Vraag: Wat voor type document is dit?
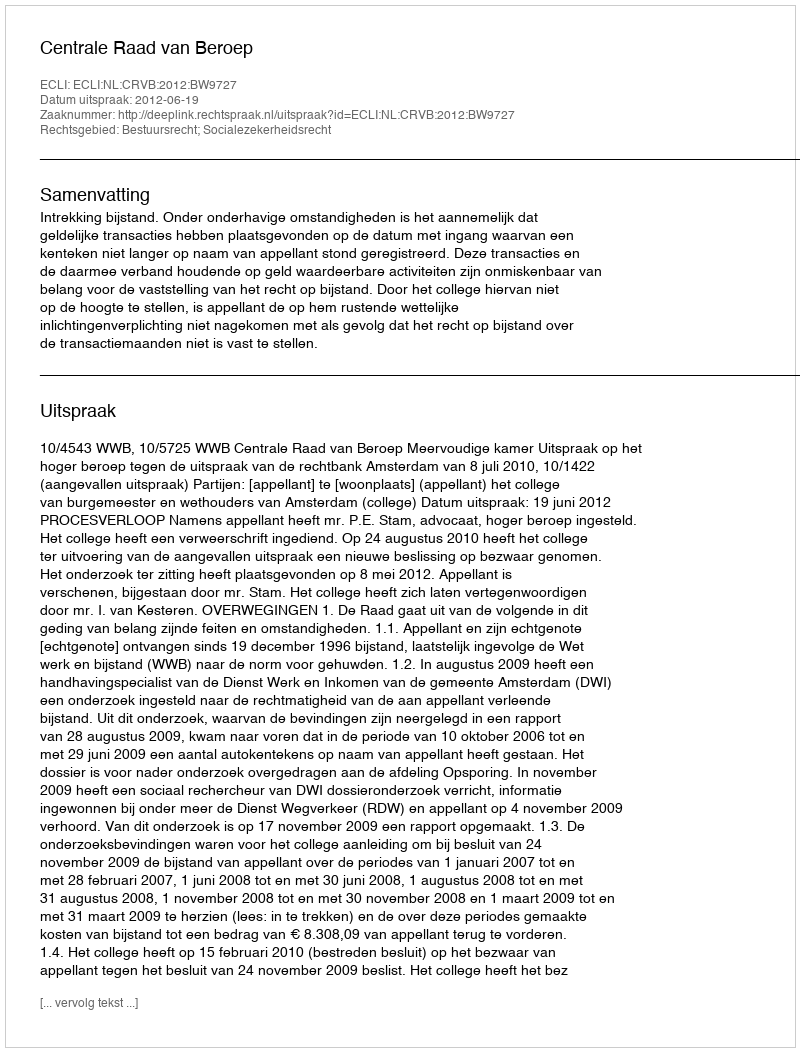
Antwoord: Uitspraak